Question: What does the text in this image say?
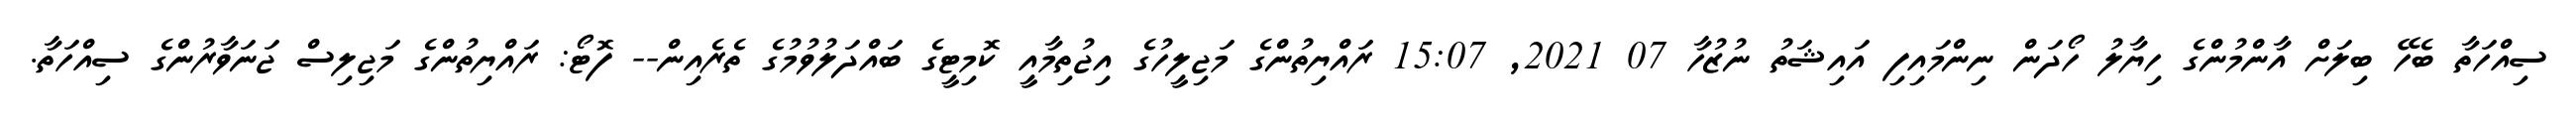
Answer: ސިއްހަތާ ބެހޭ ބިލަށް އާންމުންގެ ހިޔާލު ހޯދަން ނިންމައިފި އައިޝަތު ނުޒުހާ 07 2021, 15:07 ރައްޔިތުންގެ މަޖިލީހުގެ އިޖުތިމާއީ ކޮމިޓީގެ ބައްދަލުވުމުގެ ތެރެއިން-- ފޮޓޯ: ރައްޔިތުންގެ މަޖިލިސް ޖަނަވާރުންގެ ސިއްހަތާ.